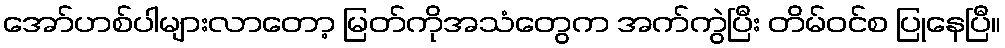
အော်ဟစ်ပါများလာတော့ မြတ်ကိုအသံတွေက အက်ကွဲပြီး တိမ်ဝင်စ ပြုနေပြီ။